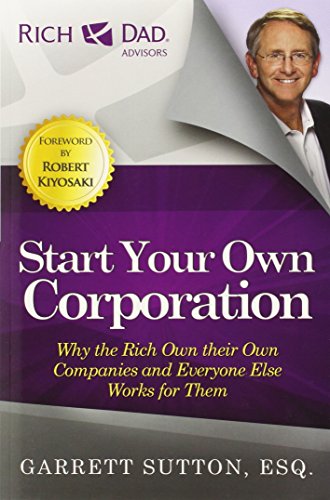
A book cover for Start Your Own Corporation: Why the Rich Own Their Own Companies and Everyone Else Works for Them (Rich Dad Advisors); Garrett Sutton; Law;